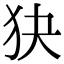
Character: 㹟